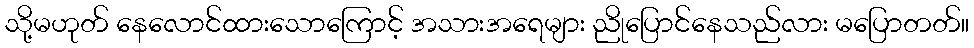
သို့မဟုတ် နေလောင်ထားသောကြောင့် အသားအရေများ ညိုပြောင်နေသည်လား မပြောတတ်။